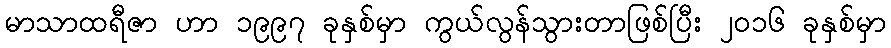
မာသာထရီဇာ ဟာ ၁၉၉၇ ခုနှစ်မှာ ကွယ်လွန်သွားတာဖြစ်ပြီး ၂၀၁၆ ခုနှစ်မှာ